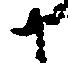
に